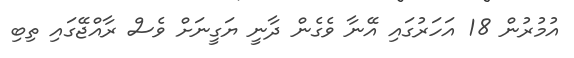
އުމުރުން 18 އަހަރުގައި އޭނާ ވެގެން ދާނީ ޔަގީނަށް ވެސް ރާއްޖޭގައި ތިބި